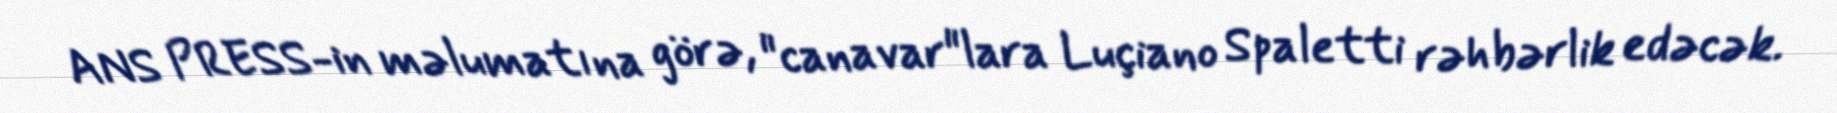
ANS PRESS-in məlumatına görə, "canavar"lara Luçiano Spaletti rəhbərlik edəcək.